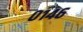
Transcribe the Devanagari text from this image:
०१४६